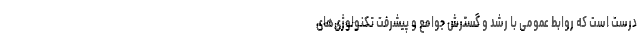
درست است که روابط عمومی با رشد و گسترش جوامع و پیشرفت تکنولوژی‌های